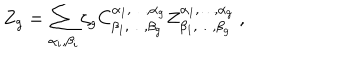
LaTeX: Z _ { g } = \sum _ { \alpha _ { i } , \beta _ { i } } \zeta _ { g } C _ { \beta _ { 1 } , \dots , \beta _ { g } } ^ { \alpha _ { 1 } , \dots , \alpha _ { g } } Z _ { \beta _ { 1 } , \dots , \beta _ { g } } ^ { \alpha _ { 1 } , \dots , \alpha _ { g } } ~ ,